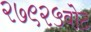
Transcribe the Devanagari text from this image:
२७९२५वोट